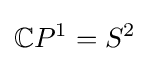
{\mathbb {C} }P^{1}=S^{2}